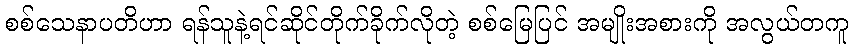
စစ်သေနာပတိဟာ ရန်သူနဲ့ရင်ဆိုင်တိုက်ခိုက်လိုတဲ့ စစ်မြေပြင် အမျိုးအစားကို အလွယ်တကူ